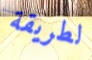
لطريقة